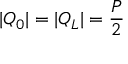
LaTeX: | Q _ { 0 } | = | Q _ { L } | = { \frac { P } { 2 } }